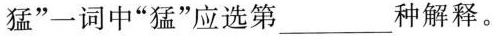
猛”一词中”猛”应选第___种解释。